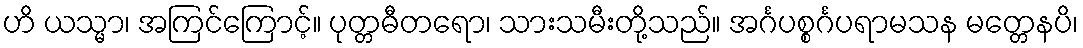
ဟိ ယသ္မာ၊ အကြင်ကြောင့်။ ပုတ္တဓီတရော၊ သားသမီးတို့သည်။ အင်္ဂပစ္စင်္ဂပရာမသန မတ္တေနပိ၊